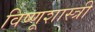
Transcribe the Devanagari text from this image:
विष्णूशास्त्री